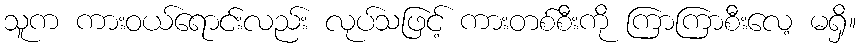
သူက ကားဝယ်ရောင်းလည်း လုပ်သဖြင့် ကားတစ်စီးကို ကြာကြာစီးလေ့ မရှိ။